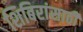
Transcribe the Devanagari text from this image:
शिबिरांसाठी